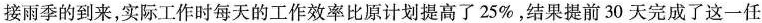
接雨季的到来，实际工作时每天的工作效率比原计划提高了25%，结果提前30天完成了这一任